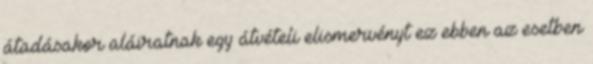
átadásakor aláiratnak egy átvételi elismervényt ez ebben az esetben